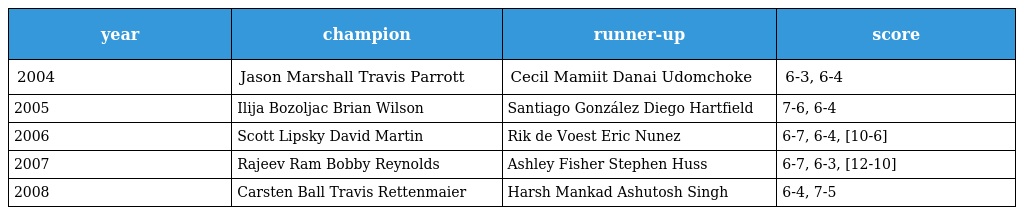
| year | champion | runner-up | score |
 | --- | --- | --- | --- |
 | 2004 | Jason Marshall Travis Parrott | Cecil Mamiit Danai Udomchoke | 6-3, 6-4 |
 | 2005 | Ilija Bozoljac Brian Wilson | Santiago González Diego Hartfield | 7-6, 6-4 |
 | 2006 | Scott Lipsky David Martin | Rik de Voest Eric Nunez | 6-7, 6-4, [10-6] |
 | 2007 | Rajeev Ram Bobby Reynolds | Ashley Fisher Stephen Huss | 6-7, 6-3, [12-10] |
 | 2008 | Carsten Ball Travis Rettenmaier | Harsh Mankad Ashutosh Singh | 6-4, 7-5 |